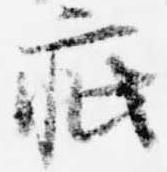
疵